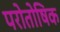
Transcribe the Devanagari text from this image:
परोतोषिक